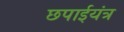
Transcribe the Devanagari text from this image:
छपाईयंत्र